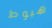
هبوط